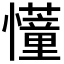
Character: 𢤦